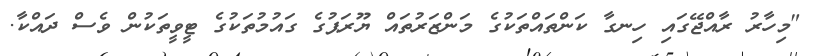
"މިހާރު ރާއްޖޭގައި ހިނގާ ކަންތައްތަކުގެ މަންޒަރުތައް ޔޫރަޕުގެ ގައުމުތަކުގެ ޓީވީތަކުން ވެސް ދައްކާ.